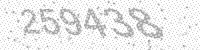
Solution: 259438